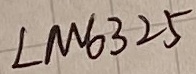
Text: LM6325